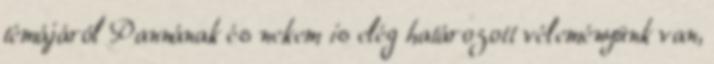
témájáról Pannának és nekem is elég határozott véleményünk van,